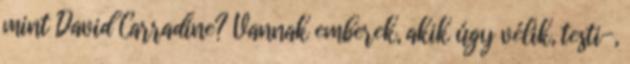
mint David Carradine? Vannak emberek, akik úgy vélik, testi-,